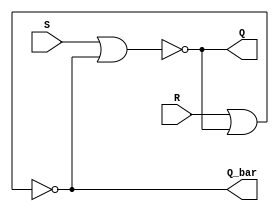
module sr_latch (
    input wire S, R,
    output reg Q, Q_bar
);

// NOR latch
assign Q = ~(S | Q_bar);
assign Q_bar = ~(R | Q);

endmodule